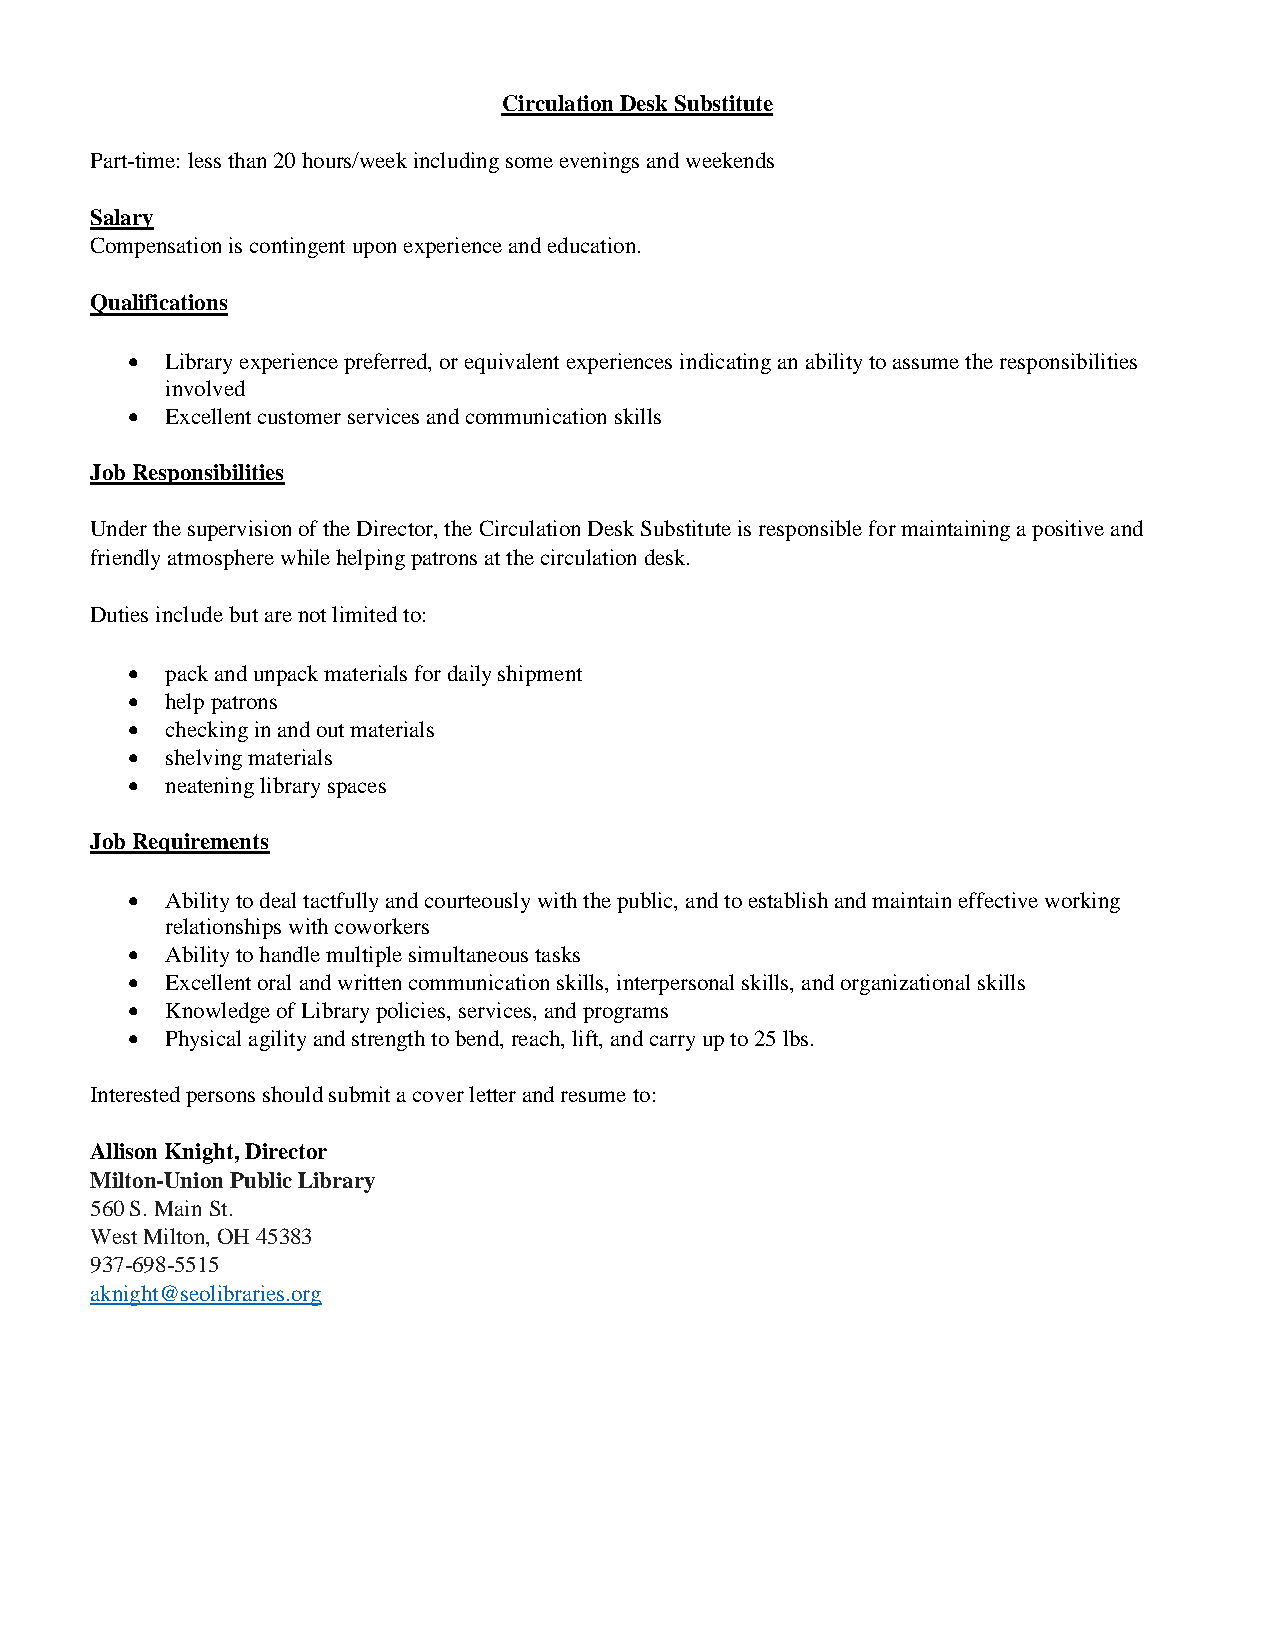
Circulation Desk Substitute
 Part-time: less than 20 hours/week including some evenings and weekends
 Salary
 Compensation is contingent upon experience and education.
 Qualifications
   Library experience preferred, or equivalent experiences indicating an ability to assume the responsibilities
 involved
   Excellent customer services and communication skills
 Job Responsibilities
 Under the supervision of the Director, the Circulation Desk Substitute is responsible for maintaining a positive and
 friendly atmosphere while helping patrons at the circulation desk.
 Duties include but are not limited to:
   pack and unpack materials for daily shipment
   help patrons
   checking in and out materials
   shelving materials
   neatening library spaces
 Job Requirements
   Ability to deal tactfully and courteously with the public, and to establish and maintain effective working
 relationships with coworkers
   Ability to handle multiple simultaneous tasks
   Excellent oral and written communication skills, interpersonal skills, and organizational skills
   Knowledge of Library policies, services, and programs
   Physical agility and strength to bend, reach, lift, and carry up to 25 lbs.
 Interested persons should submit a cover letter and resume to:
 Allison Knight, Director
 Milton-Union Public Library
 560 S. Main St.
 West Milton, OH 45383
 937-698-5515
 aknight@seolibraries.org